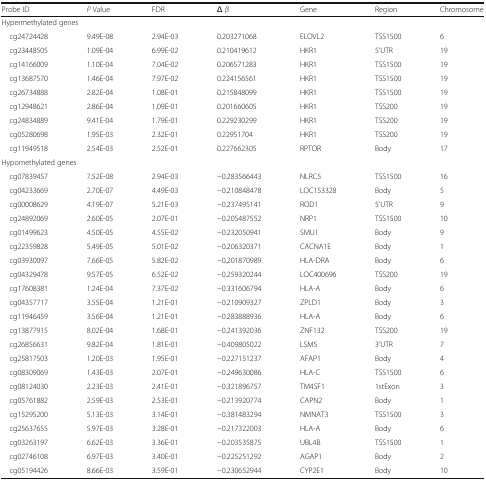
<table><thead><tr><td><b>Probe ID</b></td><td><b><i>P</i> Value</b></td><td><b>FDR</b></td><td><b>Δ <i>β</i></b></td><td><b>Gene</b></td><td><b>Region</b></td><td><b>Chromosome</b></td></tr></thead><tbody><tr><td colspan="7">Hypermethylated genes</td></tr><tr><td> cg24724428</td><td>9.49E-08</td><td>2.94E-03</td><td>0.203271068</td><td>ELOVL2</td><td>TSS1500</td><td>6</td></tr><tr><td> cg23448505</td><td>1.09E-04</td><td>6.99E-02</td><td>0.210419612</td><td>HKR1</td><td>5’UTR</td><td>19</td></tr><tr><td> cg14166009</td><td>1.10E-04</td><td>7.04E-02</td><td>0.206571283</td><td>HKR1</td><td>TSS1500</td><td>19</td></tr><tr><td> cg13687570</td><td>1.46E-04</td><td>7.97E-02</td><td>0.224156561</td><td>HKR1</td><td>TSS1500</td><td>19</td></tr><tr><td> cg26734888</td><td>2.82E-04</td><td>1.08E-01</td><td>0.215848099</td><td>HKR1</td><td>TSS1500</td><td>19</td></tr><tr><td> cg12948621</td><td>2.86E-04</td><td>1.09E-01</td><td>0.201660605</td><td>HKR1</td><td>TSS200</td><td>19</td></tr><tr><td> cg24834889</td><td>9.41E-04</td><td>1.79E-01</td><td>0.229230299</td><td>HKR1</td><td>TSS200</td><td>19</td></tr><tr><td> cg05280698</td><td>1.95E-03</td><td>2.32E-01</td><td>0.22951704</td><td>HKR1</td><td>TSS200</td><td>19</td></tr><tr><td> cg11949518</td><td>2.54E-03</td><td>2.52E-01</td><td>0.227662305</td><td>RPTOR</td><td>Body</td><td>17</td></tr><tr><td colspan="7">Hypomethylated genes</td></tr><tr><td> cg07839457</td><td>7.52E-08</td><td>2.94E-03</td><td>−0.283566443</td><td>NLRC5</td><td>TSS1500</td><td>16</td></tr><tr><td> cg04233669</td><td>2.70E-07</td><td>4.49E-03</td><td>−0.210848478</td><td>LOC153328</td><td>Body</td><td>5</td></tr><tr><td> cg00008629</td><td>4.19E-07</td><td>5.21E-03</td><td>−0.237495141</td><td>ROD1</td><td>5’UTR</td><td>9</td></tr><tr><td> cg24892069</td><td>2.60E-05</td><td>2.07E-01</td><td>−0.205487552</td><td>NRP1</td><td>TSS1500</td><td>10</td></tr><tr><td> cg01499623</td><td>4.50E-05</td><td>4.55E-02</td><td>−0.232050941</td><td>SMU1</td><td>Body</td><td>9</td></tr><tr><td> cg22359828</td><td>5.49E-05</td><td>5.01E-02</td><td>−0.206320371</td><td>CACNA1E</td><td>Body</td><td>1</td></tr><tr><td> cg03930097</td><td>7.66E-05</td><td>5.82E-02</td><td>−0.201870989</td><td>HLA-DRA</td><td>Body</td><td>6</td></tr><tr><td> cg04329478</td><td>9.57E-05</td><td>6.52E-02</td><td>−0.259320244</td><td>LOC400696</td><td>TSS200</td><td>19</td></tr><tr><td> cg17608381</td><td>1.24E-04</td><td>7.37E-02</td><td>−0.331606794</td><td>HLA-A</td><td>Body</td><td>6</td></tr><tr><td> cg04357717</td><td>3.55E-04</td><td>1.21E-01</td><td>−0.210909327</td><td>ZPLD1</td><td>Body</td><td>3</td></tr><tr><td> cg11946459</td><td>3.56E-04</td><td>1.21E-01</td><td>−0.283888936</td><td>HLA-A</td><td>Body</td><td>6</td></tr><tr><td> cg13877915</td><td>8.02E-04</td><td>1.68E-01</td><td>−0.241392036</td><td>ZNF132</td><td>TSS200</td><td>19</td></tr><tr><td> cg26856631</td><td>9.82E-04</td><td>1.81E-01</td><td>−0.409805022</td><td>LSM5</td><td>3’UTR</td><td>7</td></tr><tr><td> cg25817503</td><td>1.20E-03</td><td>1.95E-01</td><td>−0.227151237</td><td>AFAP1</td><td>Body</td><td>4</td></tr><tr><td> cg08309069</td><td>1.43E-03</td><td>2.07E-01</td><td>−0.249630086</td><td>HLA-C</td><td>TSS1500</td><td>6</td></tr><tr><td> cg08124030</td><td>2.23E-03</td><td>2.41E-01</td><td>−0.321896757</td><td>TM4SF1</td><td>1stExon</td><td>3</td></tr><tr><td> cg05761882</td><td>2.59E-03</td><td>2.53E-01</td><td>−0.213920774</td><td>CAPN2</td><td>Body</td><td>1</td></tr><tr><td> cg15295200</td><td>5.13E-03</td><td>3.14E-01</td><td>−0.381483294</td><td>NMNAT3</td><td>TSS1500</td><td>3</td></tr><tr><td> cg25637655</td><td>5.97E-03</td><td>3.28E-01</td><td>−0.217322003</td><td>HLA-A</td><td>Body</td><td>6</td></tr><tr><td> cg03263197</td><td>6.62E-03</td><td>3.36E-01</td><td>−0.203535875</td><td>UBL4B</td><td>TSS1500</td><td>1</td></tr><tr><td> cg02746108</td><td>6.97E-03</td><td>3.40E-01</td><td>−0.225251292</td><td>AGAP1</td><td>Body</td><td>2</td></tr><tr><td> cg05194426</td><td>8.66E-03</td><td>3.59E-01</td><td>−0.230652944</td><td>CYP2E1</td><td>Body</td><td>10</td></tr></tbody></table>